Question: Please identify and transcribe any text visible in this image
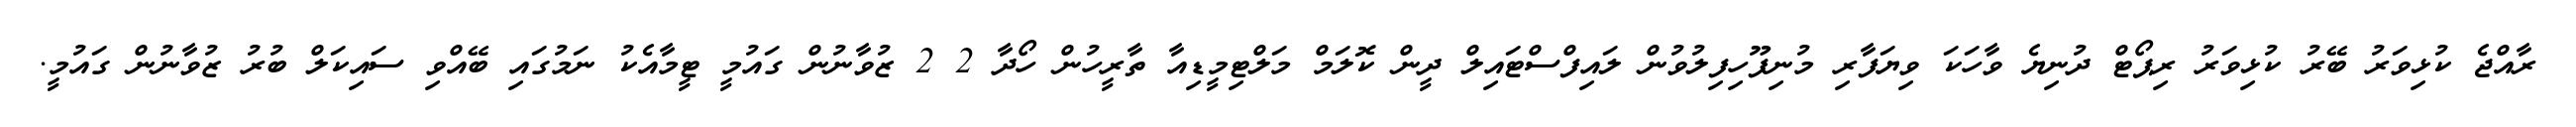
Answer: ރާއްޖެ ކުޅިވަރު ބޭރު ކުޅިވަރު ރިޕޯޓް ދުނިޔެ ވާހަކަ ވިޔަފާރި މުނިފޫހިފިލުވުން ލައިފްސްޓައިލް ދީން ކޮލަމް މަލްޓިމީޑިއާ ތާރީހުން ހޯދާ 2 2 ޒުވާނުން ގައުމީ ޓީމާއެކު ނަމުގައި ބޭއްވި ސައިކަލް ބުރު ޒުވާނުން ގައުމީ.